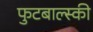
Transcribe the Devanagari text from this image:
फुटबाल्स्की